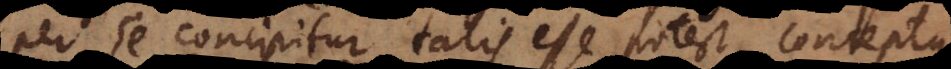
per se concipitur talis esse potest conceptus,